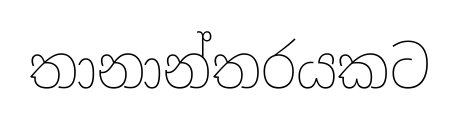
තානාන්තරයකට